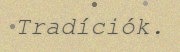
Tradíciók.